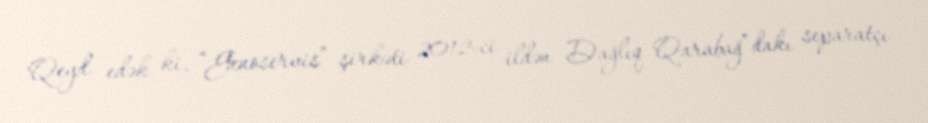
Qeyd edək ki, “Genoservis” şirkəti 2012-ci ildən Dağlıq Qarabağ”dakı separatçı